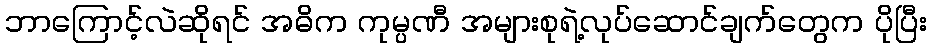
ဘာကြောင့်လဲဆိုရင် အဓိက ကုမ္ပဏီ အများစုရဲ့လုပ်ဆောင်ချက်တွေက ပိုပြီး